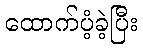
ထောက်ပံ့ခဲ့ပြီး